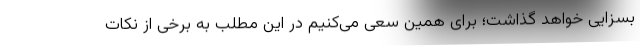
بسزایی خواهد گذاشت؛ برای همین سعی می‌کنیم در این مطلب به برخی از نکات